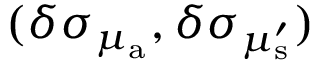
( \delta \sigma _ { \mu _ { \mathrm { a } } } , \delta \sigma _ { \mu _ { \mathrm { s } } ^ { \prime } } )